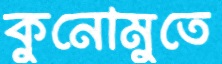
কুনোমুতে